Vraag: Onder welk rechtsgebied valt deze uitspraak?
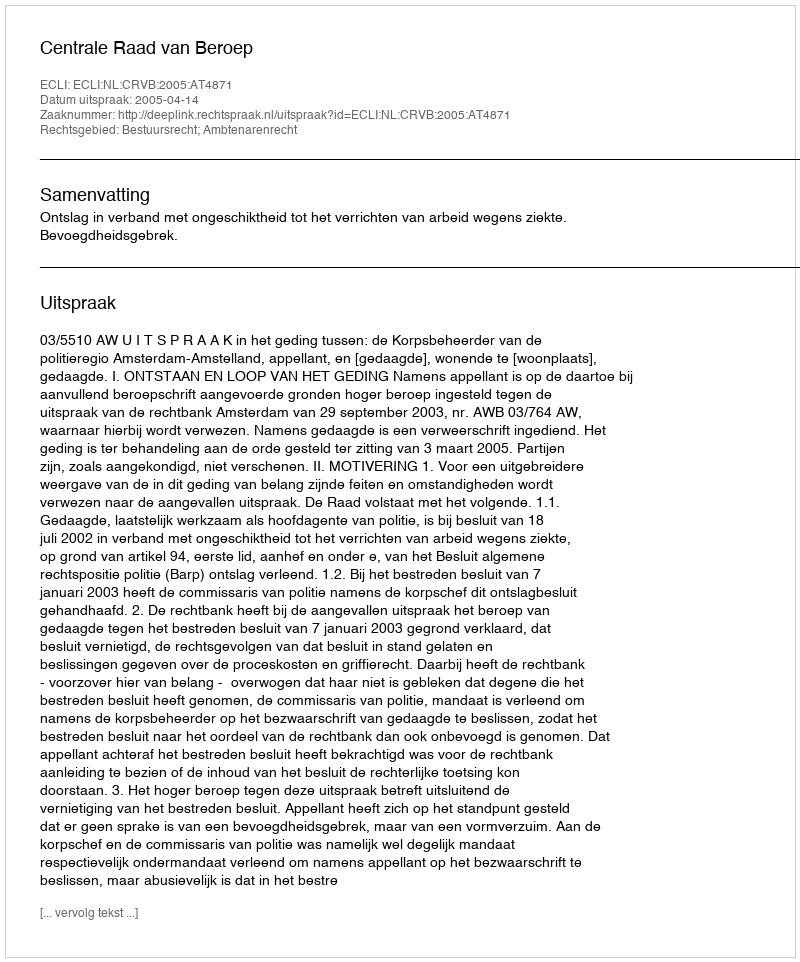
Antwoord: Bestuursrecht; Ambtenarenrecht